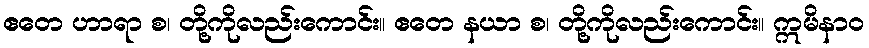
ဧတေ ဟာရာ စ၊ တို့ကိုလည်းကောင်း။ ဧတေ နယာ စ၊ တို့ကိုလည်းကောင်း။ ဣမိနာဝ